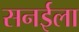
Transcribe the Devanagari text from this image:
सनईला